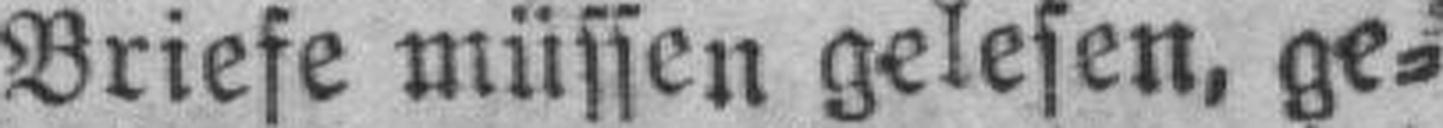
Briefe müssen gelesen, ge¬